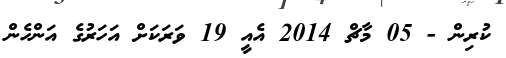
ކުރިން - 05 މާޗް 2014 އެއީ 19 ވަރަކަށް އަހަރުގެ އަންހެން